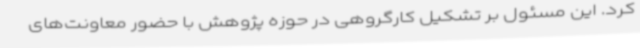
کرد. این مسئول بر تشکیل کارگروهی در حوزه پژوهش با حضور معاونت‌های